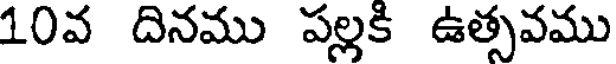
10వ దినము పల్లకి ఉత్సవము